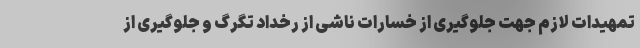
تمهیدات لازم جهت جلوگیری از خسارات ناشی از رخداد تگرگ و جلوگیری از